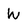
Character: W